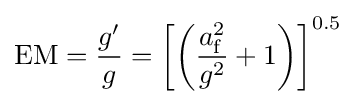
{\text{EM}}={\frac {g'}{g}}=\left[\left({\frac {a_{\text{f}}^{2}}{g^{2}}}+1\right)\right]^{0.5}